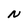
Character: N